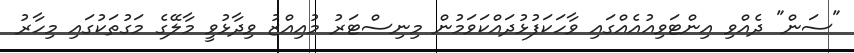
"ސަން" ދެއްވި އިންޓަވިއުއެއްގައި ވާހަކަފުޅުދައްކަވަމުން މިނިސްޓަރު މުއިއްޒު ވިދާޅުވީ މާލޭގެ މަގުތަކުގައި މިހާރު